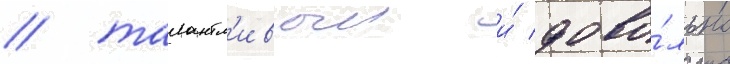
/ талантл'ивыи и́ дово́льно